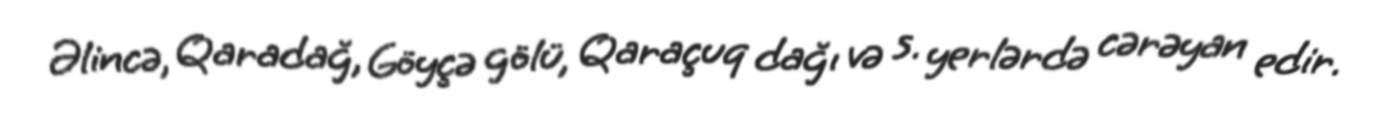
Əlincə, Qaradağ, Göyçə gölü, Qaraçuq dağı və s. yerlərdə cərəyan edir.